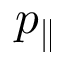
p _ { \parallel }